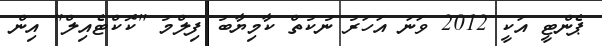
ޕެންޓީ އަކީ 2012 ވަނަ އަހަރު ނުކުތް ކާމިޔާބު ފިލްމު "ކޮކްޓެއިލް" އިން